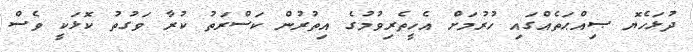
ދުޅަހެޔޮ ޞިއްޙަތެއްގައި ހުރުމަށް އެހީތެރިވުމުގެ އިތުރުން ކަސްރަތު ކުރާ ވަގުތު ކޮޅަކީ ވެސް